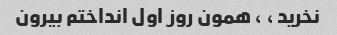
نخرید ، ، همون روز اول انداختم بیرون